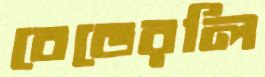
বেভেরলি